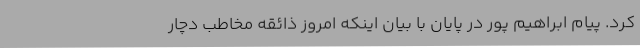
کرد. پیام ابراهیم پور در پایان با بیان اینکه امروز ذائقه مخاطب دچار